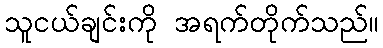
သူငယ်ချင်းကို အရက်တိုက်သည်။